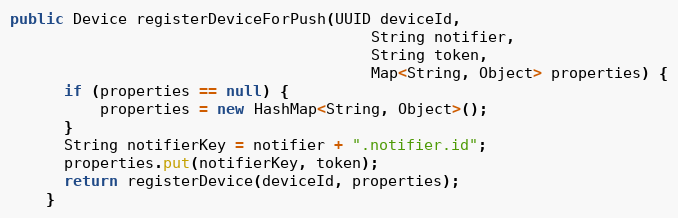
Language: Java
public Device registerDeviceForPush(UUID deviceId,
                                        String notifier,
                                        String token,
                                        Map<String, Object> properties) {
      if (properties == null) {
          properties = new HashMap<String, Object>();
      }
      String notifierKey = notifier + ".notifier.id";
      properties.put(notifierKey, token);
      return registerDevice(deviceId, properties);
    }